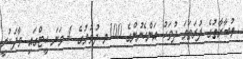
މުބާރާތުގެ ފުރަތަމަ ދުވަހު އަންހެނުންގެ 100މ ދުވުުމުގެ 4 ވަނަ ހީޓްގައި ވާދަކުރީ